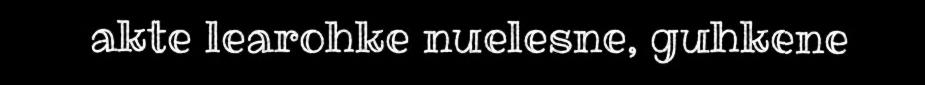
akte learohke nuelesne, guhkene